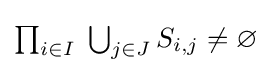
{\textstyle \prod _{i\in I}\;\bigcup _{j\in J}S_{i,j}\neq \varnothing }